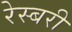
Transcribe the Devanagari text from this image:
रेस्बरी